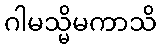
ဂါမသ္မိမကာသိ